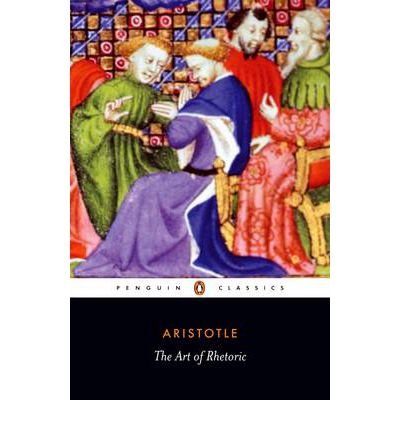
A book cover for The Art of Rhetoric: Art of Rhetoric (Penguin Classics) (Paperback) - Common; Edited by Hugh Lawson-Tancred, Translated by Hugh Lawson-Tancred By (author) Aristotle; Law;